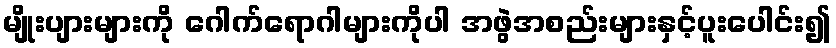
မျိုးပျားများကို ဂေါက်ရောဂါများကိုပါ အဖွဲအစည်းများနှင့်ပူးပေါင်း၍